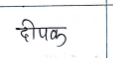
मजकूर: दीपक